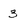
Character: 3